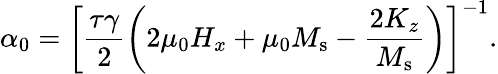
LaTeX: \alpha_{0}=\left[\frac{\tau\gamma}{2}\left(2\mu_{0}H_{x}+\mu_{0}M_{\mathrm{s}}-\frac{2K_{z}}{M_{\mathrm{s}}}\right)\right]^{-1}.